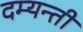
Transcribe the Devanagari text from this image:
दम्यन्ती